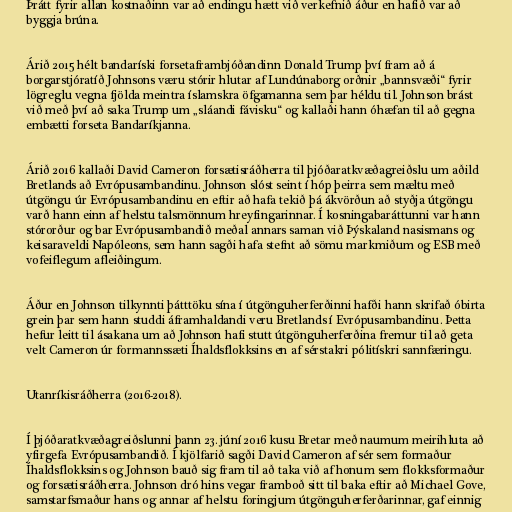
Þrátt fyrir allan kostnaðinn var að endingu hætt við verkefnið áður en hafið var að
byggja brúna.

Árið 2015 hélt bandaríski forsetaframbjóðandinn Donald Trump því fram að á
borgarstjóratíð Johnsons væru stórir hlutar af Lundúnaborg orðnir „bannsvæði“ fyrir
lögreglu vegna fjölda meintra íslamskra öfgamanna sem þar héldu til. Johnson brást
við með því að saka Trump um „sláandi fávisku“ og kallaði hann óhæfan til að gegna
embætti forseta Bandaríkjanna.

Árið 2016 kallaði David Cameron forsætisráðherra til þjóðaratkvæðagreiðslu um aðild
Bretlands að Evrópusambandinu. Johnson slóst seint í hóp þeirra sem mæltu með
útgöngu úr Evrópusambandinu en eftir að hafa tekið þá ákvörðun að styðja útgöngu
varð hann einn af helstu talsmönnum hreyfingarinnar. Í kosningabaráttunni var hann
stórorður og bar Evrópusambandið meðal annars saman við Þýskaland nasismans og
keisaraveldi Napóleons, sem hann sagði hafa stefnt að sömu markmiðum og ESB með
vofeiflegum afleiðingum.

Áður en Johnson tilkynnti þátttöku sína í útgönguherferðinni hafði hann skrifað óbirta
grein þar sem hann studdi áframhaldandi veru Bretlands í Evrópusambandinu. Þetta
hefur leitt til ásakana um að Johnson hafi stutt útgönguherferðina fremur til að geta
velt Cameron úr formannssæti Íhaldsflokksins en af sérstakri pólitískri sannfæringu.

Utanríkisráðherra (2016-2018).

Í þjóðaratkvæðagreiðslunni þann 23. júní 2016 kusu Bretar með naumum meirihluta að
yfirgefa Evrópusambandið. Í kjölfarið sagði David Cameron af sér sem formaður
Íhaldsflokksins og Johnson bauð sig fram til að taka við af honum sem flokksformaður
og forsætisráðherra. Johnson dró hins vegar framboð sitt til baka eftir að Michael Gove,
samstarfsmaður hans og annar af helstu foringjum útgönguherferðarinnar, gaf einnig